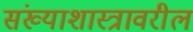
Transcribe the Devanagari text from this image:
संख्याशास्त्रावरील